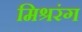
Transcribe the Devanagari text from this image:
मिश्ररंग